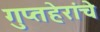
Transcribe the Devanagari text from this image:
गुप्तहेरांचे